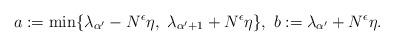
LaTeX: \begin{align*} a:=\min \{ \lambda_{\alpha^{\prime}}-N^{\epsilon}\eta, \ \lambda_{\alpha^{\prime}+1 }+N^{\epsilon}\eta \}, \ b:= \lambda_{\alpha^{\prime}}+N^{\epsilon}\eta. \end{align*}